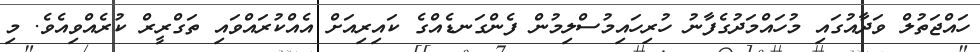
ހައްޖަތުލް ވަދާއުގައި މުހައްމަދުގެފާނު ހުރިހައިމުސްލިމުން ފެންގަނޑެއްގެ ކައިރިއަށް އެއްކުރައްވައި ތަގްރީރް ކުރެއްވިއެވެ. މި